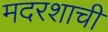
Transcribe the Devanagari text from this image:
मदरशाची